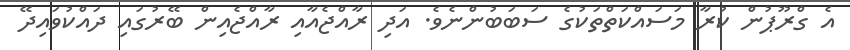
އެ ގްރޫޕުން ކުރާ މަސައްކަތްތަކުގެ ސަބަބުންނެވެ. އަދި ރާއްޖެއާއި ރާއްޖެއިން ބޭރުގައި ދައްކުވައިދޭ